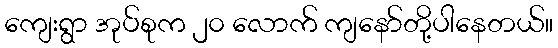
ကျေးရွာ အုပ်စုက ၂၀ လောက် ကျနော်တို့ပါနေတယ်။